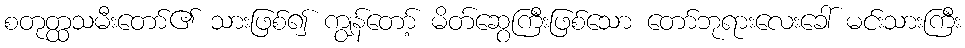
စတုတ္ထသမီးတော်၏ သားဖြစ်၍ ကျွန်တော့် မိတ်ဆွေကြီးဖြစ်သော တော်ဘုရားလေးခေါ် မင်းသားကြီး